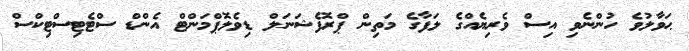
ޙަވާލުވެ ހުންނެވި އިސް ވެރިޔެއްގެ ލަފާގެ މަތިން ޕްރޮފެޝަނަލް ޑިވެލޮޕްމަންޓް އެންޑް ސްޓެޓިސްޓިކްސް